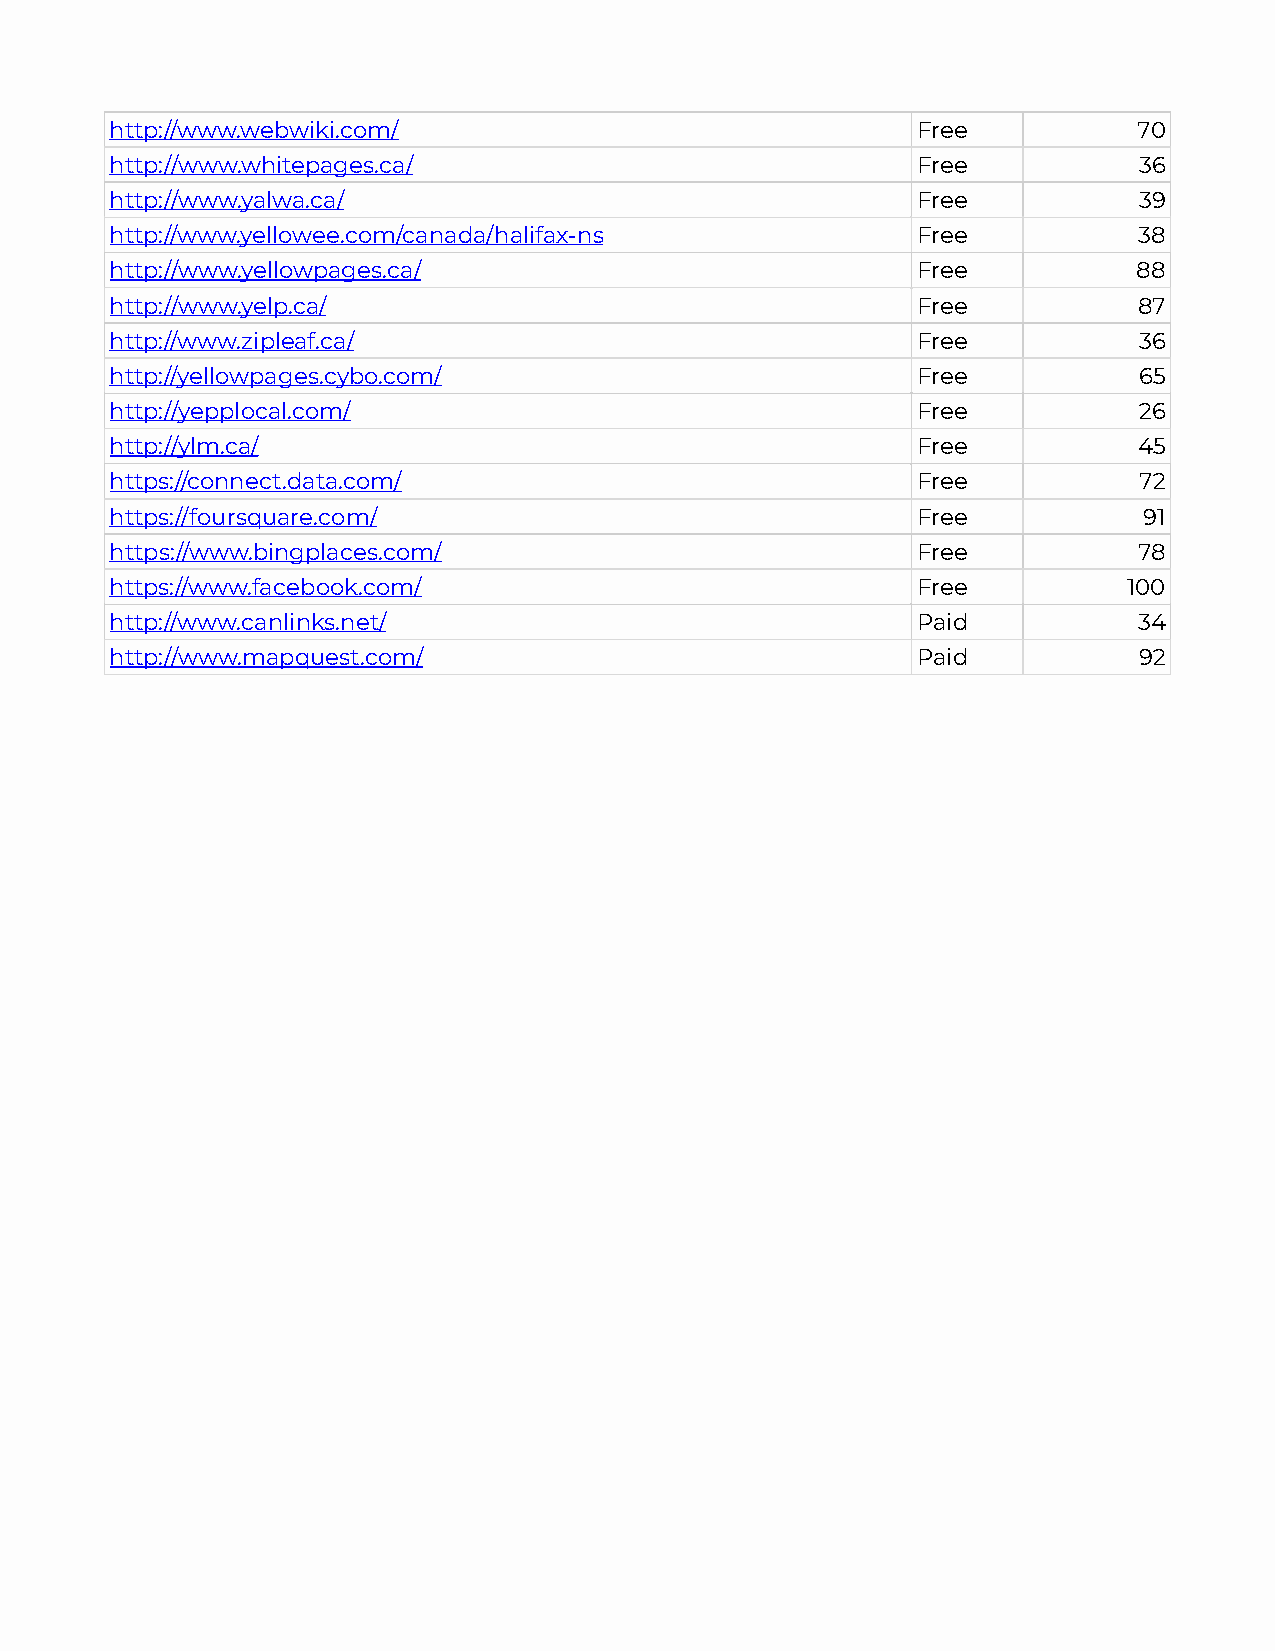
http://www.webwiki.com/                               Free          70
 http://www.whitepages.ca/                             Free          36
 http://www.yalwa.ca/                                  Free          39
 http://www.yellowee.com/canada/halifax-ns             Free          38
 http://www.yellowpages.ca/                            Free          88
 http://www.yelp.ca/                                   Free          87
 http://www.zipleaf.ca/                                Free          36
 http://yellowpages.cybo.com/                          Free          65
 http://yepplocal.com/                                 Free          26
 http://ylm.ca/                                        Free          45
 https://connect.data.com/                             Free          72
 https://foursquare.com/                               Free           91
 https://www.bingplaces.com/                           Free          78
 https://www.facebook.com/                             Free          100
 http://www.canlinks.net/                              Paid          34
 http://www.mapquest.com/                              Paid          92